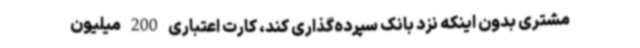
مشتری بدون اینکه نزد بانک سپرده‌گذاری کند، کارت اعتباری 200 میلیون